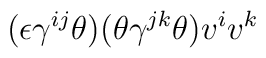
(\epsilon \gamma^{ij} \theta ) (\theta\gamma^{jk} \theta ) v^i v^k